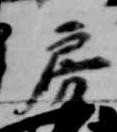
房